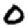
Digit: 0